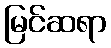
မြင်ဆရာ